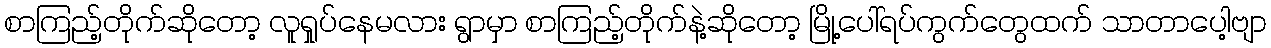
စာကြည့်တိုက်ဆိုတော့ လူရှုပ်နေမလား ရွာမှာ စာကြည့်တိုက်နဲ့ဆိုတော့ မြို့ပေါ်ရပ်ကွက်တွေထက် သာတာပေါ့ဗျာ